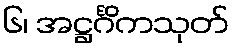
၆၊ အဋ္ဌင်္ဂိကသုတ်